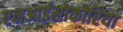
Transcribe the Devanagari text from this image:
एनआईसोकोरिया